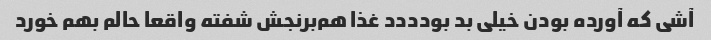
آشی که آورده بودن خیلی بد بودددد غذا هم‌برنجش شفته واقعا حالم بهم خورد